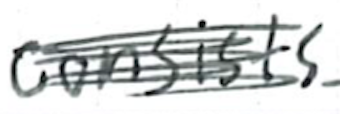
Text: consists
Cross-out: scratch
Writing tool: ballpoint